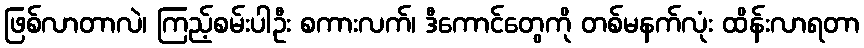
ဖြစ်လာတာလဲ၊ ကြည့်စမ်းပါဦး စကားလက်၊ ဒီကောင်တွေကို တစ်မနက်လုံး ထိန်းလာရတာ